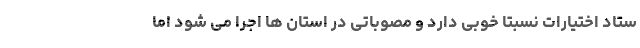
ستاد اختیارات نسبتا خوبی دارد و مصوباتی در استان ها اجرا می شود اما